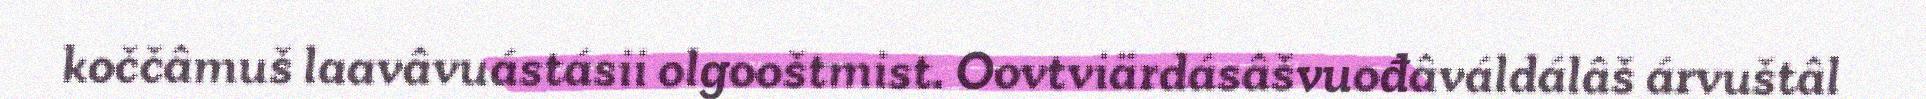
koččâmuš laavâvuástásii olgooštmist. Oovtviärdásâšvuođâváldálâš árvuštâl